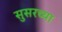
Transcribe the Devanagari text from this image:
सुसरच्या